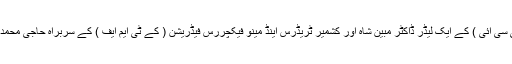
کشمیر چیمبر آف کامرس اینڈ انڈسٹریز ( کے سی سی آئی ) کے ایک لیڈر ڈاکٹر مبین شاہ اور کشمیر ٹریڈرس اینڈ مینو فیکچررس فیڈریشن ( کے ٹی ایم ایف ) کے سربراہ حاجی محمد یٰسین پریس کانفرنس سے خطاب کررہے تھے ۔